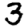
Digit: 3